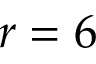
r = 6